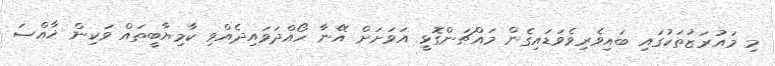
މި މައުރަޒުތަކުގައި ބައިވެރިވެވަޑައިގެން މައްޗަންގޮޅީ އަވަށަށް އޭނާ ހޯއްދަވައިދެއްވި ކާމިޔާބީތައް ވަކިން ޚާއްޞަ